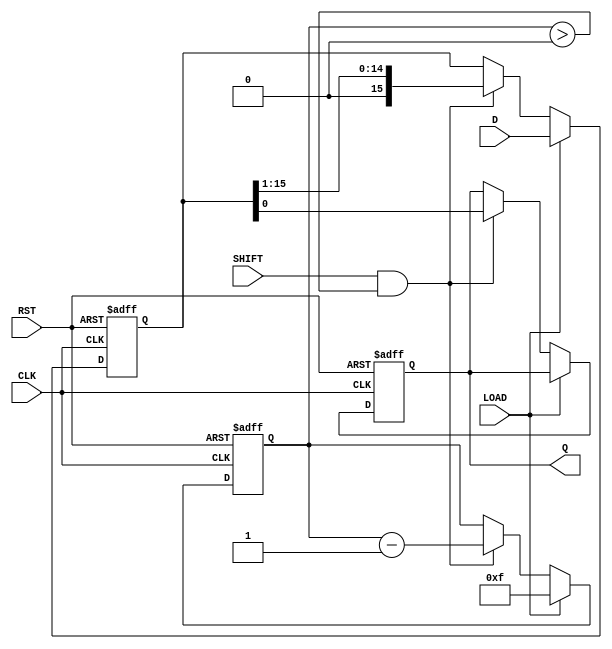
module PISO_Register (
    input wire [15:0] D,      // 16-bit parallel input data
    input wire LOAD,          // Load control signal
    input wire SHIFT,         // Shift control signal
    input wire CLK,           // Clock signal
    input wire RST,           // Asynchronous reset signal
    output reg Q              // Serial output
);

    reg [15:0] shift_reg;     // Internal shift register to hold the data
    reg [4:0] bit_counter;    // Counter to keep track of the number of bits shifted out

    // Asynchronous reset
    always @(posedge CLK or posedge RST) begin
        if (RST) begin
            shift_reg <= 16'b0; // Clear the register on reset
            Q <= 1'b0;          // Clear the output
            bit_counter <= 5'b0; // Reset bit counter
        end else begin
            if (LOAD) begin
                shift_reg <= D;  // Load data into the shift register
                bit_counter <= 5'd15; // Set counter to 15 (for 16 bits)
            end else if (SHIFT && bit_counter > 0) begin
                Q <= shift_reg[0]; // Output the LSB
                shift_reg <= shift_reg >> 1; // Shift right
                bit_counter <= bit_counter - 1; // Decrement the bit counter
            end
        end
    end

endmodule